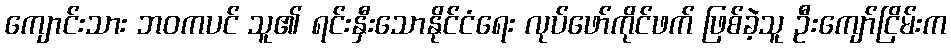
ကျောင်းသား ဘဝကပင် သူ၏ ရင်းနှီးသောနိုင်ငံရေး လုပ်ဖော်ကိုင်ဖက် ဖြစ်ခဲ့သူ ဦးကျော်ငြိမ်းက